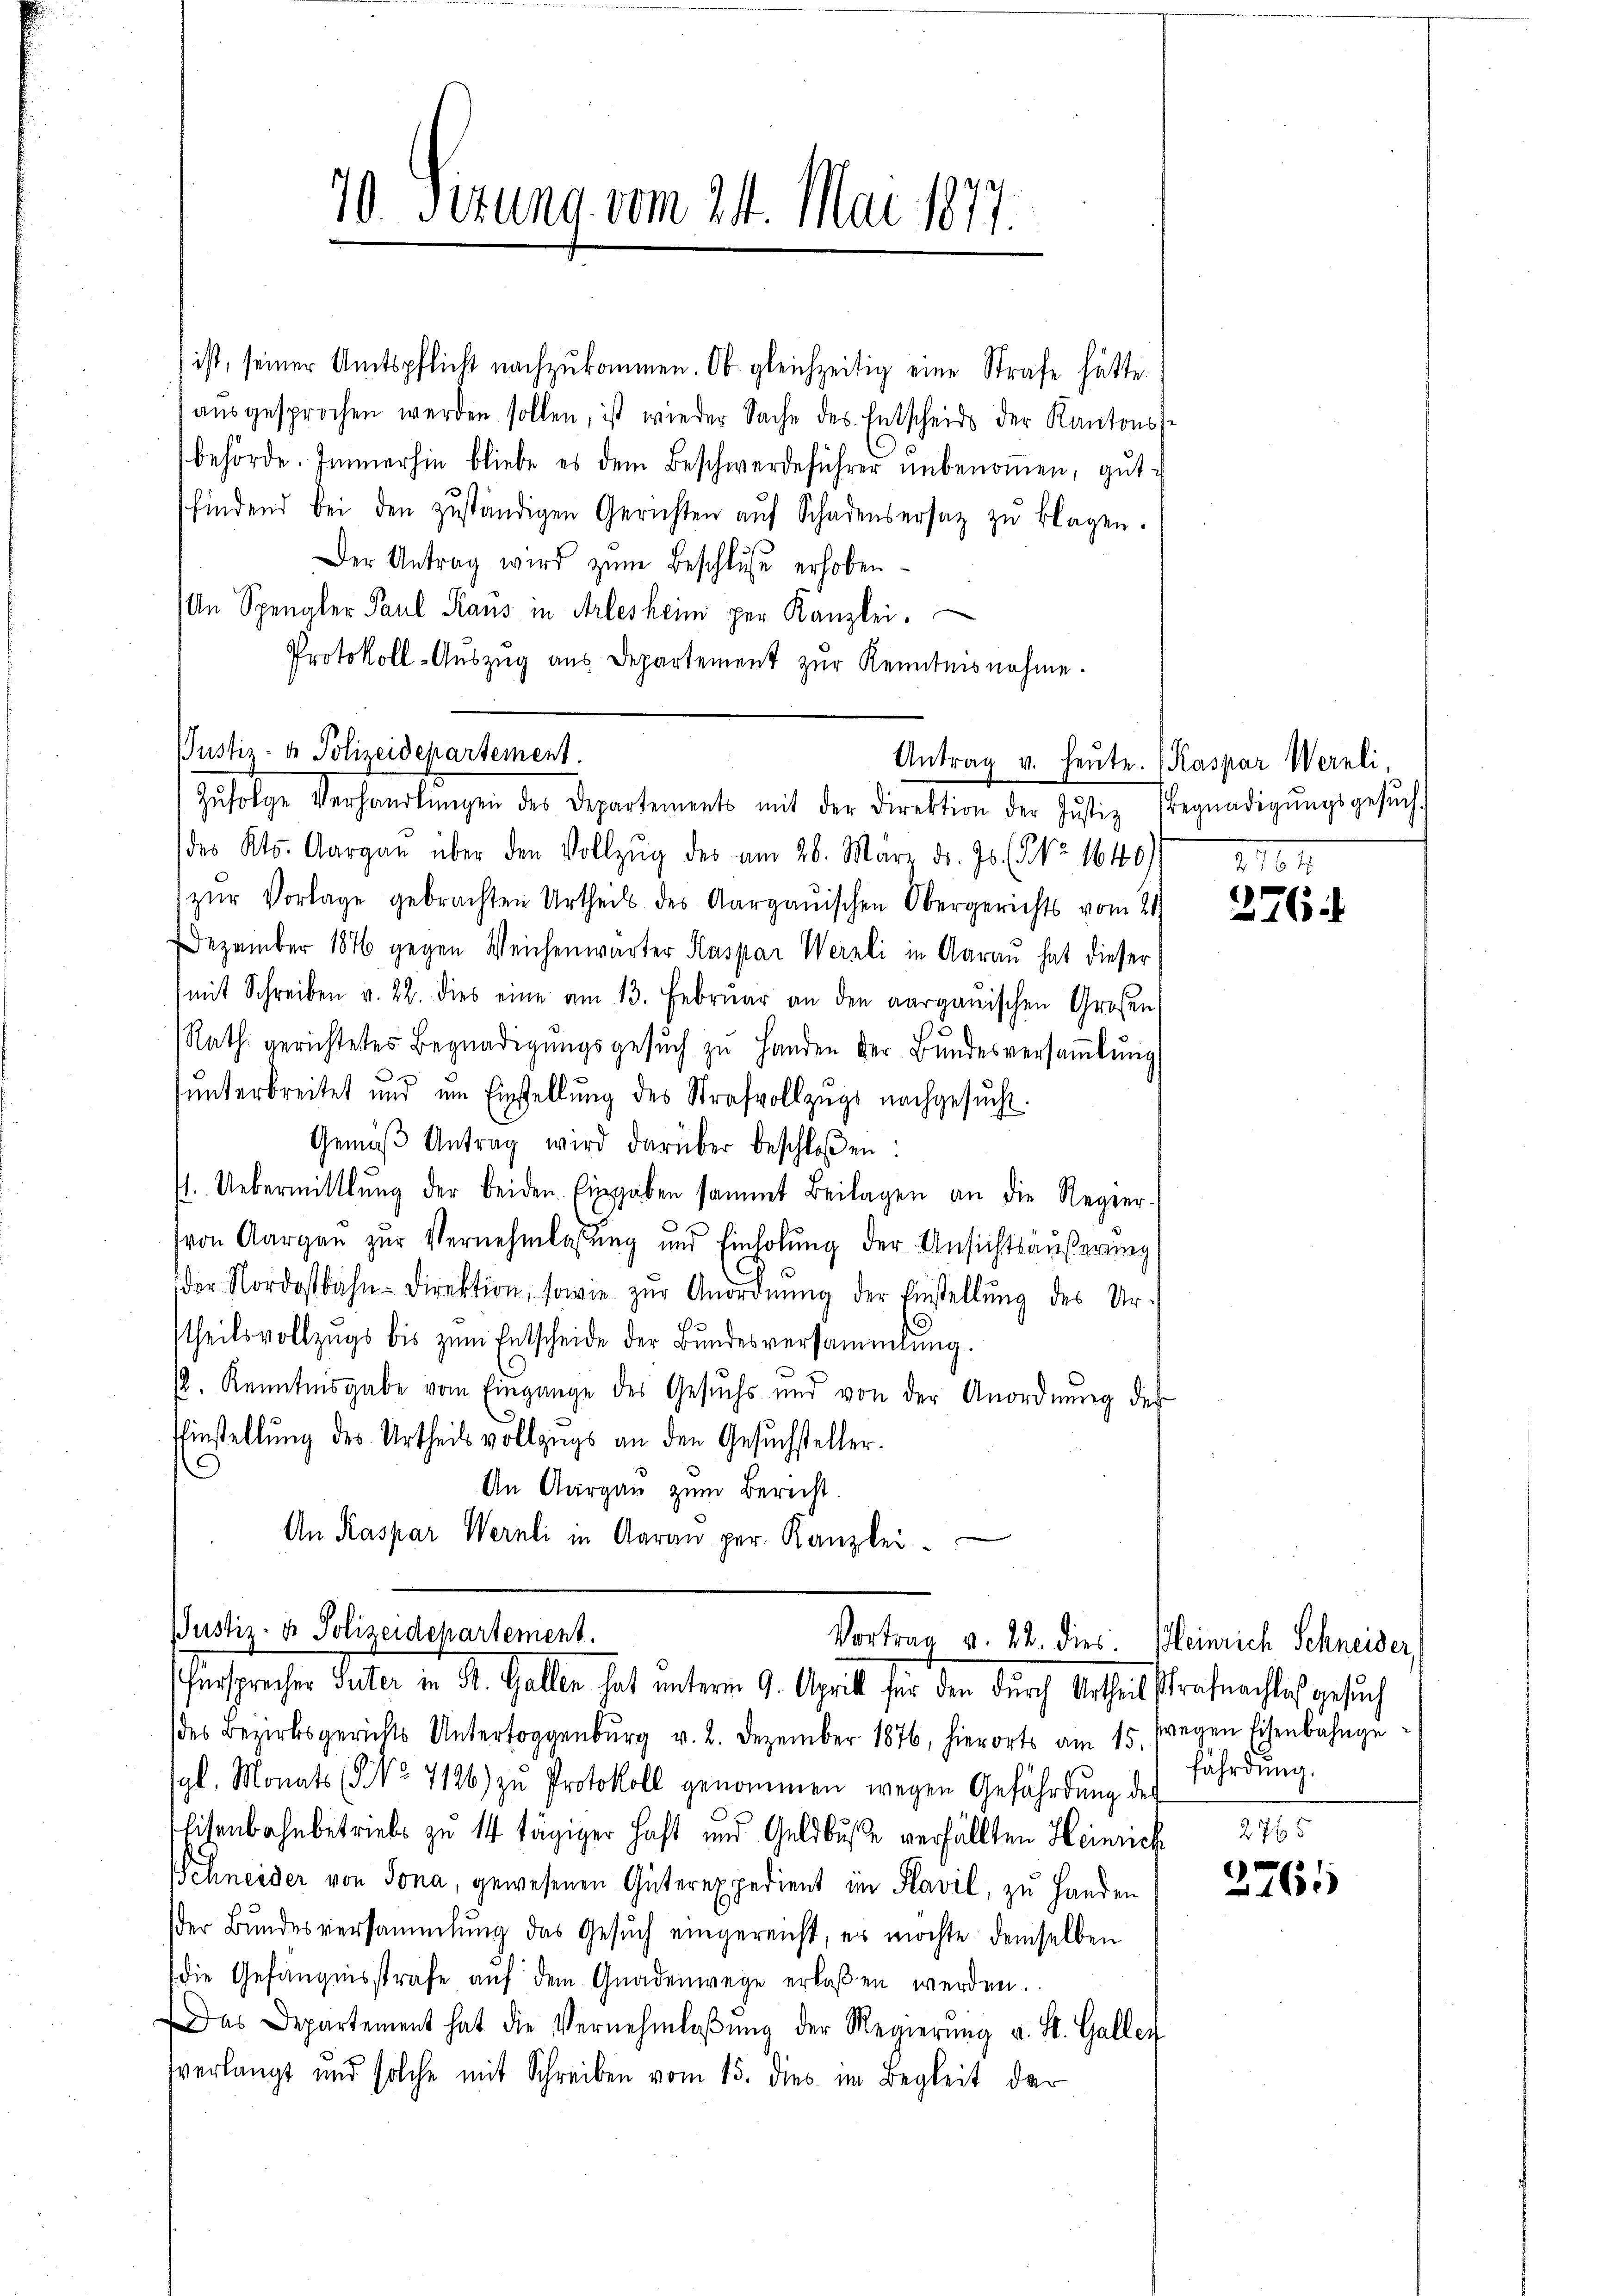
ist, seiner Amtspflicht nachzukommen. Ob gleichzeitig eine Strafe hätte.
aŭsgesprochen werden sollen, ist wieder Sache des Entscheids der Kantons-
behörde. Immerhin bliebe es dem Beschwerdeführer unbenoṁen, gutsfindend bei den zŭständigen Gerichten aŭf Schadensersatz zŭ klagen.
Der Antrag wird zŭm Beschluße erhoben
An Spengler Paul Kraus in Arlesheim per Kanzlei.
Protokoll-Aŭszŭg ans Departement zur Kenntnisnahme.
(des Kts. Aargau über den Vollzŭg des am 26. März dr. 75. (NNo. 1640/
zŭr Vorlage gebrachten Urtheils des Aargauischen Obergerichts vom 21
Dezember 1876 gegen Weichenwärter Kaspar Wernli in Aarau hat dieser
mit Schreiben v. 22. dies eine am 13. Febrŭar an den aargauischen Großen
Rath gerichtetes Begnadigŭngsgesŭch zŭ Handen der Bundesversaṁlŭng
ŭnterbreitet und im Einstellŭng des Strafvollzŭgs nachgesŭcht.
Gemäβ Antrag wird darüber beschloßen:
1. Uebermittlung der beiden Eingaben sammt Beilagen an die Regier-
von Aargaŭ zŭr Vernehmlassŭng und Einholŭng der Ansichtsäußerung
der Nordostbahn-Direktion, sowie zŭr Anordnŭng der Einstellŭng des Ur-
theilsvollzugs bis zum Entscheide der Bundesversammlung.
2. Kenntnisgabe vom Eingange des Gesŭchs und von der Anordnŭng der
Einstellung des Urtheils vollzugs an den Gesuchsteller.
An Aargau zum Berecht.
An Kaspar Wernli in Aaran per. Kanzlei.
Justiz- & Polizeidepartement.
Vortrag v. 22. dies. Heinrich Schneider,
fürsprecher Peter in R. Gallen hat unterm 9. Aprill für den durch Urtheilstrafnachtes gesuch
(des Bezirksgerichts Untertoggenbŭrg v. 2. Dezember 1876, hierorts am 15. fegen Eisenbahnge-
gl. Monats (G No 7136) zŭ Protokoll genommen wegen Gefährdŭng der
Eisenbahnbetriebs zu 14 tägiger Haft und Geldbuße verfällten Heinrich
Schneider von Jona, gewesenen Güterexpedient im Plavil, zu Handen
der Bundesversammlung das Gesŭch eingereicht, es möchte demselben
die Gefängnisstrafe aŭf dem Gnadenwege erlaßen werden.
Das Departement hat die Vernehmlaβŭng der Regierŭng u. St. Galler
verlangt und solche mit Schreiben vom 15. dies im Begleit der

70 Perung vom 24. Mai 1877.

Justiz- & Polizeidepartement.
Zŭfolge Verhandlŭngen des Departements mit der Direktion der Justiz Begnadigŭngsgesŭch

Antrag v. Heute. (Kaspar Wernli,
1101.

2764

fährdung.

2765
3761